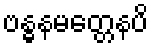
ဗန္ဓနမတ္တေနပိ